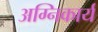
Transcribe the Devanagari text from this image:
अग्निकार्य